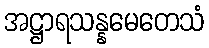
အဋ္ဌာရသန္နမေတေသံ